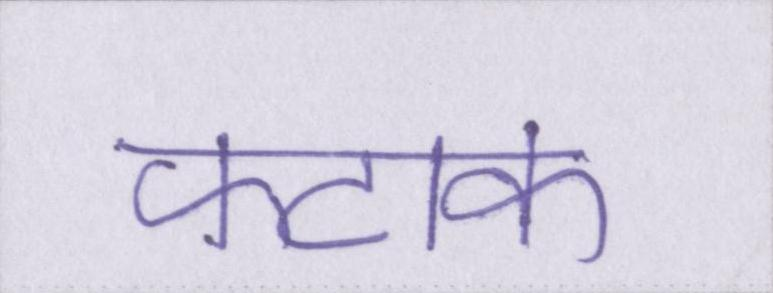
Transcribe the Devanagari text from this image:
फटाक